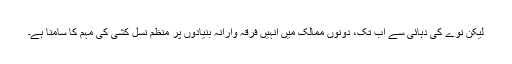
لیکن نوے کی دہائی سے اب تک، دونوں ممالک میں انہیں فرقہ وارانہ بنیادوں پر منظم نسل کشی کی مہم کا سامنا ہے۔